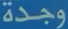
وجدة